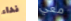
نداء معي